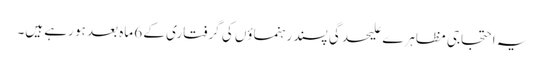
یہ احتجاجی مظاہرے علیحدگی پسند رہنماؤں کی گرفتاری کے 6 ماہ بعد ہو رہے ہیں۔